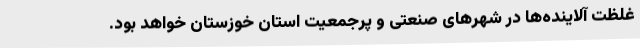
غلظت آلاینده‌ها در شهرهای صنعتی و پرجمعیت استان خوزستان خواهد بود.